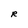
Character: R